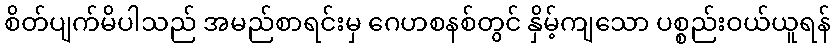
စိတ်ပျက်မိပါသည် အမည်စာရင်းမှ ဂေဟစနစ်တွင် နှိမ့်ကျသော ပစ္စည်းဝယ်ယူရန်